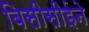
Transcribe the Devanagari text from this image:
बिसीसीईने